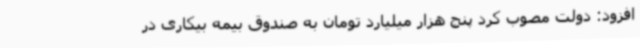
افزود: دولت مصوب کرد پنج هزار میلیارد تومان به صندوق بیمه بیکاری در